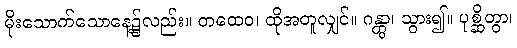
မိုးသောက်သောနေ့၌လည်း။ တထေဝ၊ ထိုအတူလျှင်။ ဂန္တွာ၊ သွား၍။ ပုစ္ဆိတွာ၊